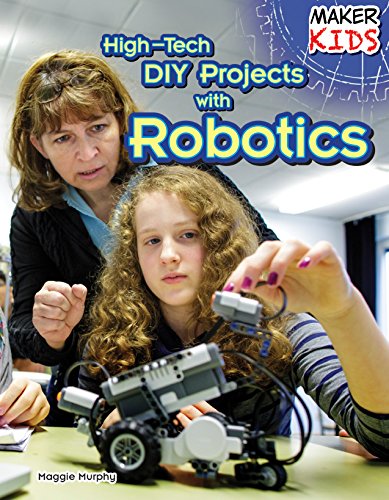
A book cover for High-Tech DIY Projects with Robotics (Maker Kids); Maggie Murphy; Children's Books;